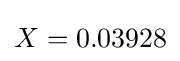
X=0.03928